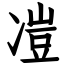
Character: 凒